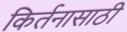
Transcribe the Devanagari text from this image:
किर्तनासाठी